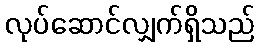
လုပ်ဆောင်လျှက်ရှိသည်